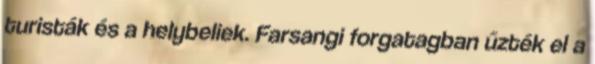
turisták és a helybeliek. Farsangi forgatagban űzték el a